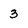
Character: 3